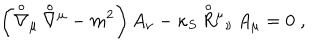
\left( { \stackrel { \circ } { \nabla } } { } _ { \mu } \, { \stackrel { \circ } { \nabla } } { } ^ { \mu } - m ^ { 2 } \right) A _ { \nu } - \kappa _ { S } \, { \stackrel { \circ } { R } } { } ^ { \mu } { } _ { \nu } \, A _ { \mu } = 0 \; ,